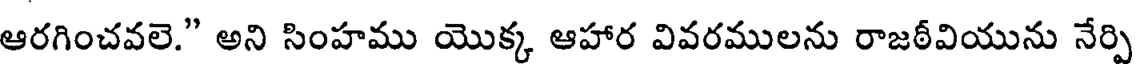
ఆరగించవలె." అని సింహము యొక్క ఆహార వివరములను రాజఠీవియును నేర్పి